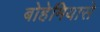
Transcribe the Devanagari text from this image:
बोहेमियासे